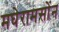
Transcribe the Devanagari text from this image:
मघेरामसोंन